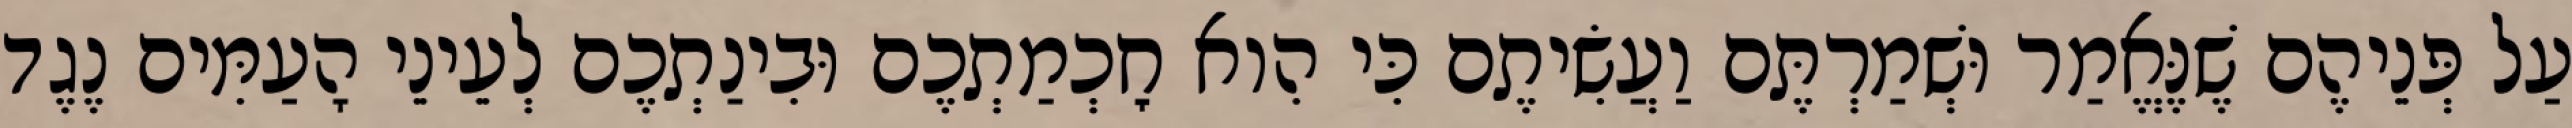
עַל פְּנֵיהֶם שֶׁנֶּאֱמַר וּשְׁמַרְתֶּם וַעֲשִׂיתֶם כִּי הִוא חׇכְמַתְכֶם וּבִינַתְכֶם לְעֵינֵי הָעַמִּים נֶגֶד